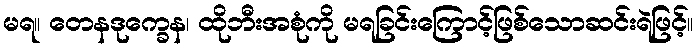
မရ။ တေနဒုက္ခေန၊ ထိုဘီးအစုံကို မရခြင်းကြောင့်ဖြစ်သောဆင်းရဲဖြင့်။